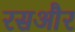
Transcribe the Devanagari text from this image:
रसऔर